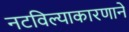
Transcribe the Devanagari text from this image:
नटविल्याकारणाने